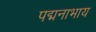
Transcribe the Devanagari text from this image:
पद्मनाभाय